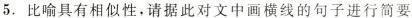
5.比喻具有相似性，请据此对文中画横线的句子进行简要